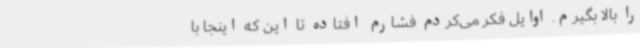
را بالا بگیرم. اوایل فکر می‌کردم فشارم افتاده تا این که اینجا با